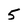
Character: 5